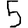
Digit: 5